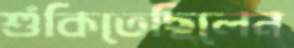
শুঁকিতেছিলেন